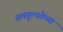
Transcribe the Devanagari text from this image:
समतुल्यतेच्या